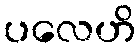
ပလေဟိ